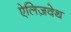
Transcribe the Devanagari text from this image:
ऐलिज़वेथ